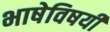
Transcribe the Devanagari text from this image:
भाषेविषयी